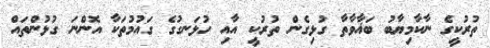
ތުރުކީގެ ނާކާމިޔާބު ބަޣާވާތާ ގުޅިގެން ތުރުކީ އާއި ހުޅަނގުގެ ގައުމުތަކާ އޮންނަ ގުޅުންތައް